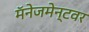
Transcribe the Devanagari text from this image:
मॅनेजमेन्टवर